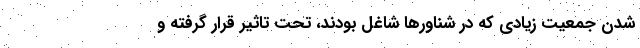
شدن جمعیت زیادی که در شناورها شاغل بودند، تحت تاثیر قرار گرفته و